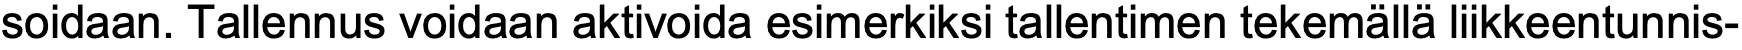
soidaan. Tallennus voidaan aktivoida esimerkiksi tallentimen tekemällä liikkeentunnis-